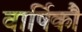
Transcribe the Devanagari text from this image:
वार्षिकौ